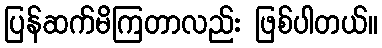
ပြန်ဆက်မိကြတာလည်း ဖြစ်ပါတယ်။